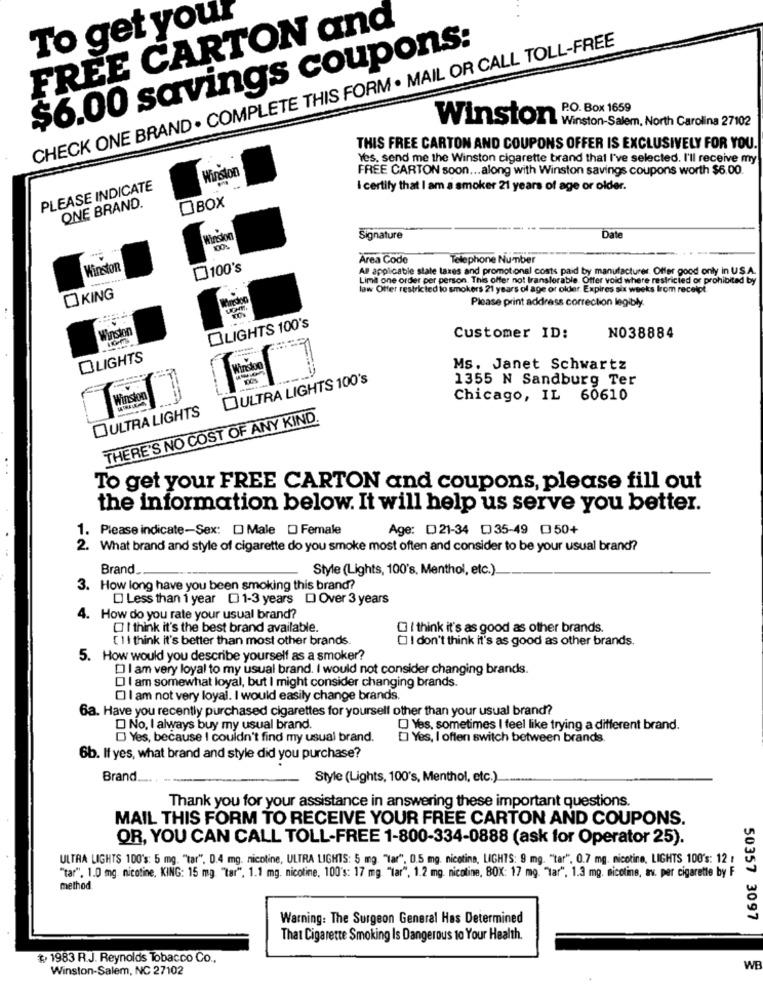
FREE CARTON and
To get yo
CHECK ONE BRAND . COMPLETE THIS FORM . MAIL OR CALL TOLL-FREE
$6.00 savings coupons:
P.O. Box 1659
Winston Winston-Salem, North Carolina 27102
THIS FREE CARTON AND COUPONS OFFER IS EXCLUSIVELY FOR YOU.
Yes. send me the Winston cigarette brand that I've selected. I'll receive my
Winston
FREE CARTON soon ... along with Winston savings coupons worth $6.00.
PLEASE INDICATE
I certify that I am a smoker 21 years of age or older.
ONE BRAND.
OBOX
Winston
Signature
Date
Area Code
Telephone Number
Winston
100's
Al applicable state taxes and promotional costs paid by manufacturer. Offer good only in US.A.
Lima one order per person. This offer not transferable. Offer void where restricted or prohibited by
law Offer restricted to smokers 21 years of age or older. Expires six weeks from receipt.
KING
Please print address correction legibly
Winston
OLIGHTS 100's
Customer ID:
NO38884
OLIGHTS
Wiredon
Ms. Janet Schwartz
OULTRA LIGHTS 100's
1355 N Sandburg Ter
Winston!
Chicago, IL 60610
OULTRA LIGHTS
THERE'S NO COST OF ANY KIND.
To get your FREE CARTON and coupons, please fill out
the information below. It will help us serve you better.
1. Please indicate-Sex: D Male D Female
Age: D21-34 D)35-49 050+
2. What brand and style of cigarette do you smoke most often and consider to be your usual brand?
Brand ..
Style (Lights, 100's, Menthol, etc.)
3. How long have you been smoking this brand?
Less than 1 year [ 1-3 years DI Over 3 years
4. How do you rate your usual brand?
O I think it's the best brand available.
I think it's as good as other brands.
[ 1 I think it's better than most other brands
I don't think it's as good as other brands.
5. How would you describe yourself as a smoker?
DIam very loyal to my usual brand. I would not consider changing brands.
O I am somewhat loyal, but I might consider changing brands.
[ I am not very loyal. I would easily change brands.
Ga. Have you recently purchased cigarettes for yourself other than your usual brand?
D No, I always buy my usual brand.
O Yes, sometimes I feel like trying a different brand.
DJ Yes, because I couldn't find my usual brand.
Yes, I often switch between brands.
6b. If yes, what brand and style did you purchase?
Brand.
Style (Lights, 100's, Menthol, etc.)
Thank you for your assistance in answering these important questions.
MAIL THIS FORM TO RECEIVE YOUR FREE CARTON AND COUPONS.
OR, YOU CAN CALL TOLL-FREE 1-800-334-0888 (ask for Operator 25).
ULTRA LIGHTS 100's: 5 mg. "tar". D.4 mg. nicotine, ULTRA LIGHTS: 5 mg. "Tar", 0.5 mg. nicotina, LIGHTS: 9 mg. "tar". 0.7 mg. nicotine, LIGHTS 100's: 12 :
"tar". 1.0 mg. nicotine, KING: 15 mg. "tar". 1.1 mg. nicotine. 100's: 17 mg. "lar", 1.2 mg. nicotine, BOX: 17 mg. "lar", 1.3 mg. nicotine, av. per cigarette by F
method
Warning: The Surgeon General Has Determined
50357 3097
That Cigarette Smoking Is Dangerous to Your Health.
¢ 1983 R.J. Reynolds Tobacco Co .,
Winston-Salem, NC 27102
WE